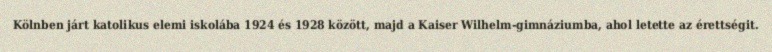
Kölnben járt katolikus elemi iskolába 1924 és 1928 között, majd a Kaiser Wilhelm-gimnáziumba, ahol letette az érettségit.